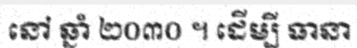
នៅ ឆ្នាំ ២០៣០ ។ ដើម្បី ធានា